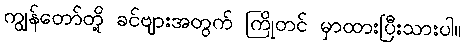
ကျွန်တော်တို့ ခင်ဗျားအတွက် ကြိုတင် မှာထားပြီးသားပါ။